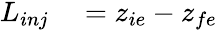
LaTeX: \begin{array}{rl}{L_{inj}}&{{}=z_{ie}-z_{fe}}\end{array}